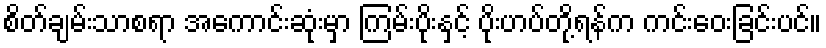
စိတ်ချမ်းသာစရာ အကောင်းဆုံးမှာ ကြမ်းပိုးနှင့် ပိုးဟပ်တို့ရန်က ကင်းဝေးခြင်းပင်။